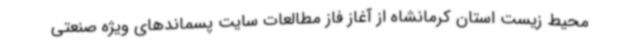
محیط زیست استان کرمانشاه از آغاز فاز مطالعات سایت پسماندهای ویژه صنعتی